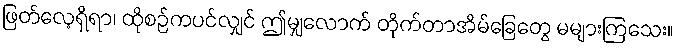
ဖြတ်လေ့ရှိရာ၊ ထိုစဉ်ကပင်လျှင် ဤမျှလောက် တိုက်တာအိမ်ခြေတွေ မများကြသေး။